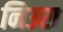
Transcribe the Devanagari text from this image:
निउरा